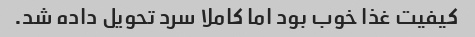
کیفیت غذا خوب بود اما کاملا سرد تحویل داده شد.